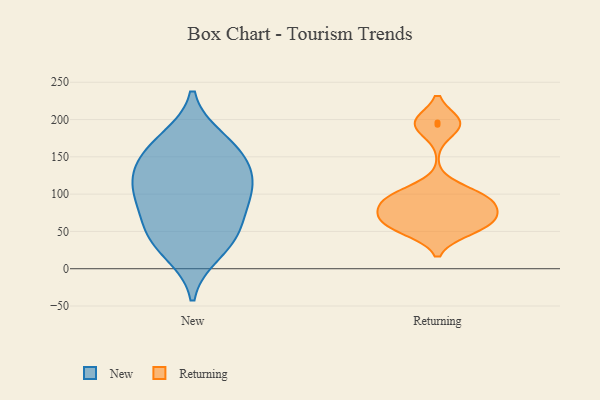
{"axis": {"x": "Energy Usage (MWh)", "y": "Value"}, "legend": ["New", "Returning"], "data": [{"x": "", "y": 99, "type": "New"}, {"x": "", "y": 114, "type": "New"}, {"x": "", "y": 111, "type": "New"}, {"x": "", "y": 164, "type": "New"}, {"x": "", "y": 39, "type": "New"}, {"x": "", "y": 140, "type": "New"}, {"x": "", "y": 173, "type": "New"}, {"x": "", "y": 22, "type": "New"}, {"x": "", "y": 92, "type": "New"}, {"x": "", "y": 61, "type": "New"}, {"x": "", "y": 48, "type": "New"}, {"x": "", "y": 146, "type": "New"}, {"x": "", "y": 95, "type": "Returning"}, {"x": "", "y": 97, "type": "Returning"}, {"x": "", "y": 52, "type": "Returning"}, {"x": "", "y": 196, "type": "Returning"}, {"x": "", "y": 70, "type": "Returning"}, {"x": "", "y": 97, "type": "Returning"}, {"x": "", "y": 60, "type": "Returning"}, {"x": "", "y": 81, "type": "Returning"}, {"x": "", "y": 193, "type": "Returning"}, {"x": "", "y": 61, "type": "Returning"}]}